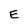
Character: E